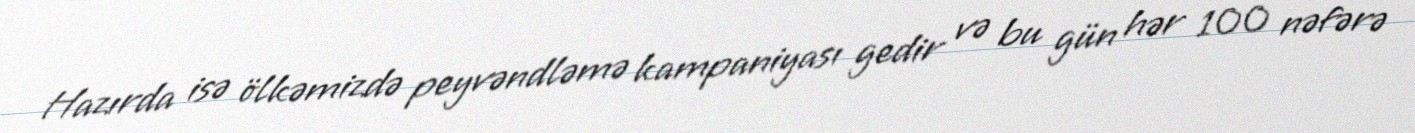
Hazırda isə ölkəmizdə peyvəndləmə kampaniyası gedir və bu gün hər 100 nəfərə